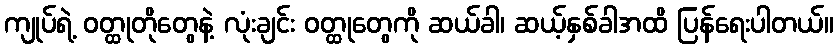
ကျုပ်ရဲ့ ဝတ္ထုတိုတွေနဲ့ လုံးချင်း ဝတ္ထုတွေကို ဆယ်ခါ၊ ဆယ့်နှစ်ခါအထိ ပြန်ရေးပါတယ်။